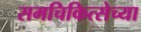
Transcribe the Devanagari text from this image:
समचिकित्सेच्या